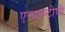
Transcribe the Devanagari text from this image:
एसएम्टीपी